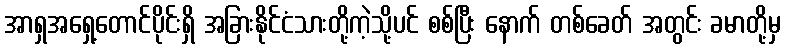
အာရှအရှေ့တောင်ပိုင်းရှိ အခြားနိုင်ငံသားတို့ကဲ့သို့ပင် စစ်ပြီး နောက် တစ်ခေတ် အတွင်း ခမာတို့မှ